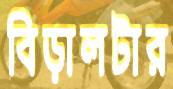
বিড়ালটার